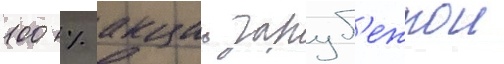
100 % акции заруб'ежнои